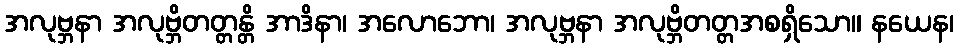
အလုဗ္ဘနာ အလုဗ္ဘိတတ္တန္တိ အာဒိနာ၊ အလောဘော၊ အလုဗ္ဘနာ အလုဗ္ဘိတတ္တအစရှိသော။ နယေန၊